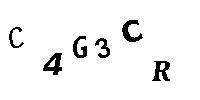
C4G3CR